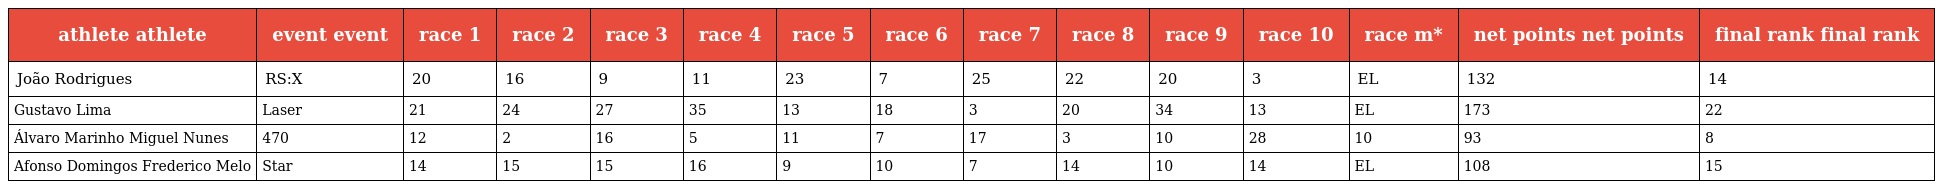
| athlete athlete | event event | race 1 | race 2 | race 3 | race 4 | race 5 | race 6 | race 7 | race 8 | race 9 | race 10 | race m* | net points net points | final rank final rank |
 | --- | --- | --- | --- | --- | --- | --- | --- | --- | --- | --- | --- | --- | --- | --- |
 | João Rodrigues | RS:X | 20 | 16 | 9 | 11 | 23 | 7 | 25 | 22 | 20 | 3 | EL | 132 | 14 |
 | Gustavo Lima | Laser | 21 | 24 | 27 | 35 | 13 | 18 | 3 | 20 | 34 | 13 | EL | 173 | 22 |
 | Álvaro Marinho Miguel Nunes | 470 | 12 | 2 | 16 | 5 | 11 | 7 | 17 | 3 | 10 | 28 | 10 | 93 | 8 |
 | Afonso Domingos Frederico Melo | Star | 14 | 15 | 15 | 16 | 9 | 10 | 7 | 14 | 10 | 14 | EL | 108 | 15 |